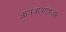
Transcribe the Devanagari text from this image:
आयआयएचआर